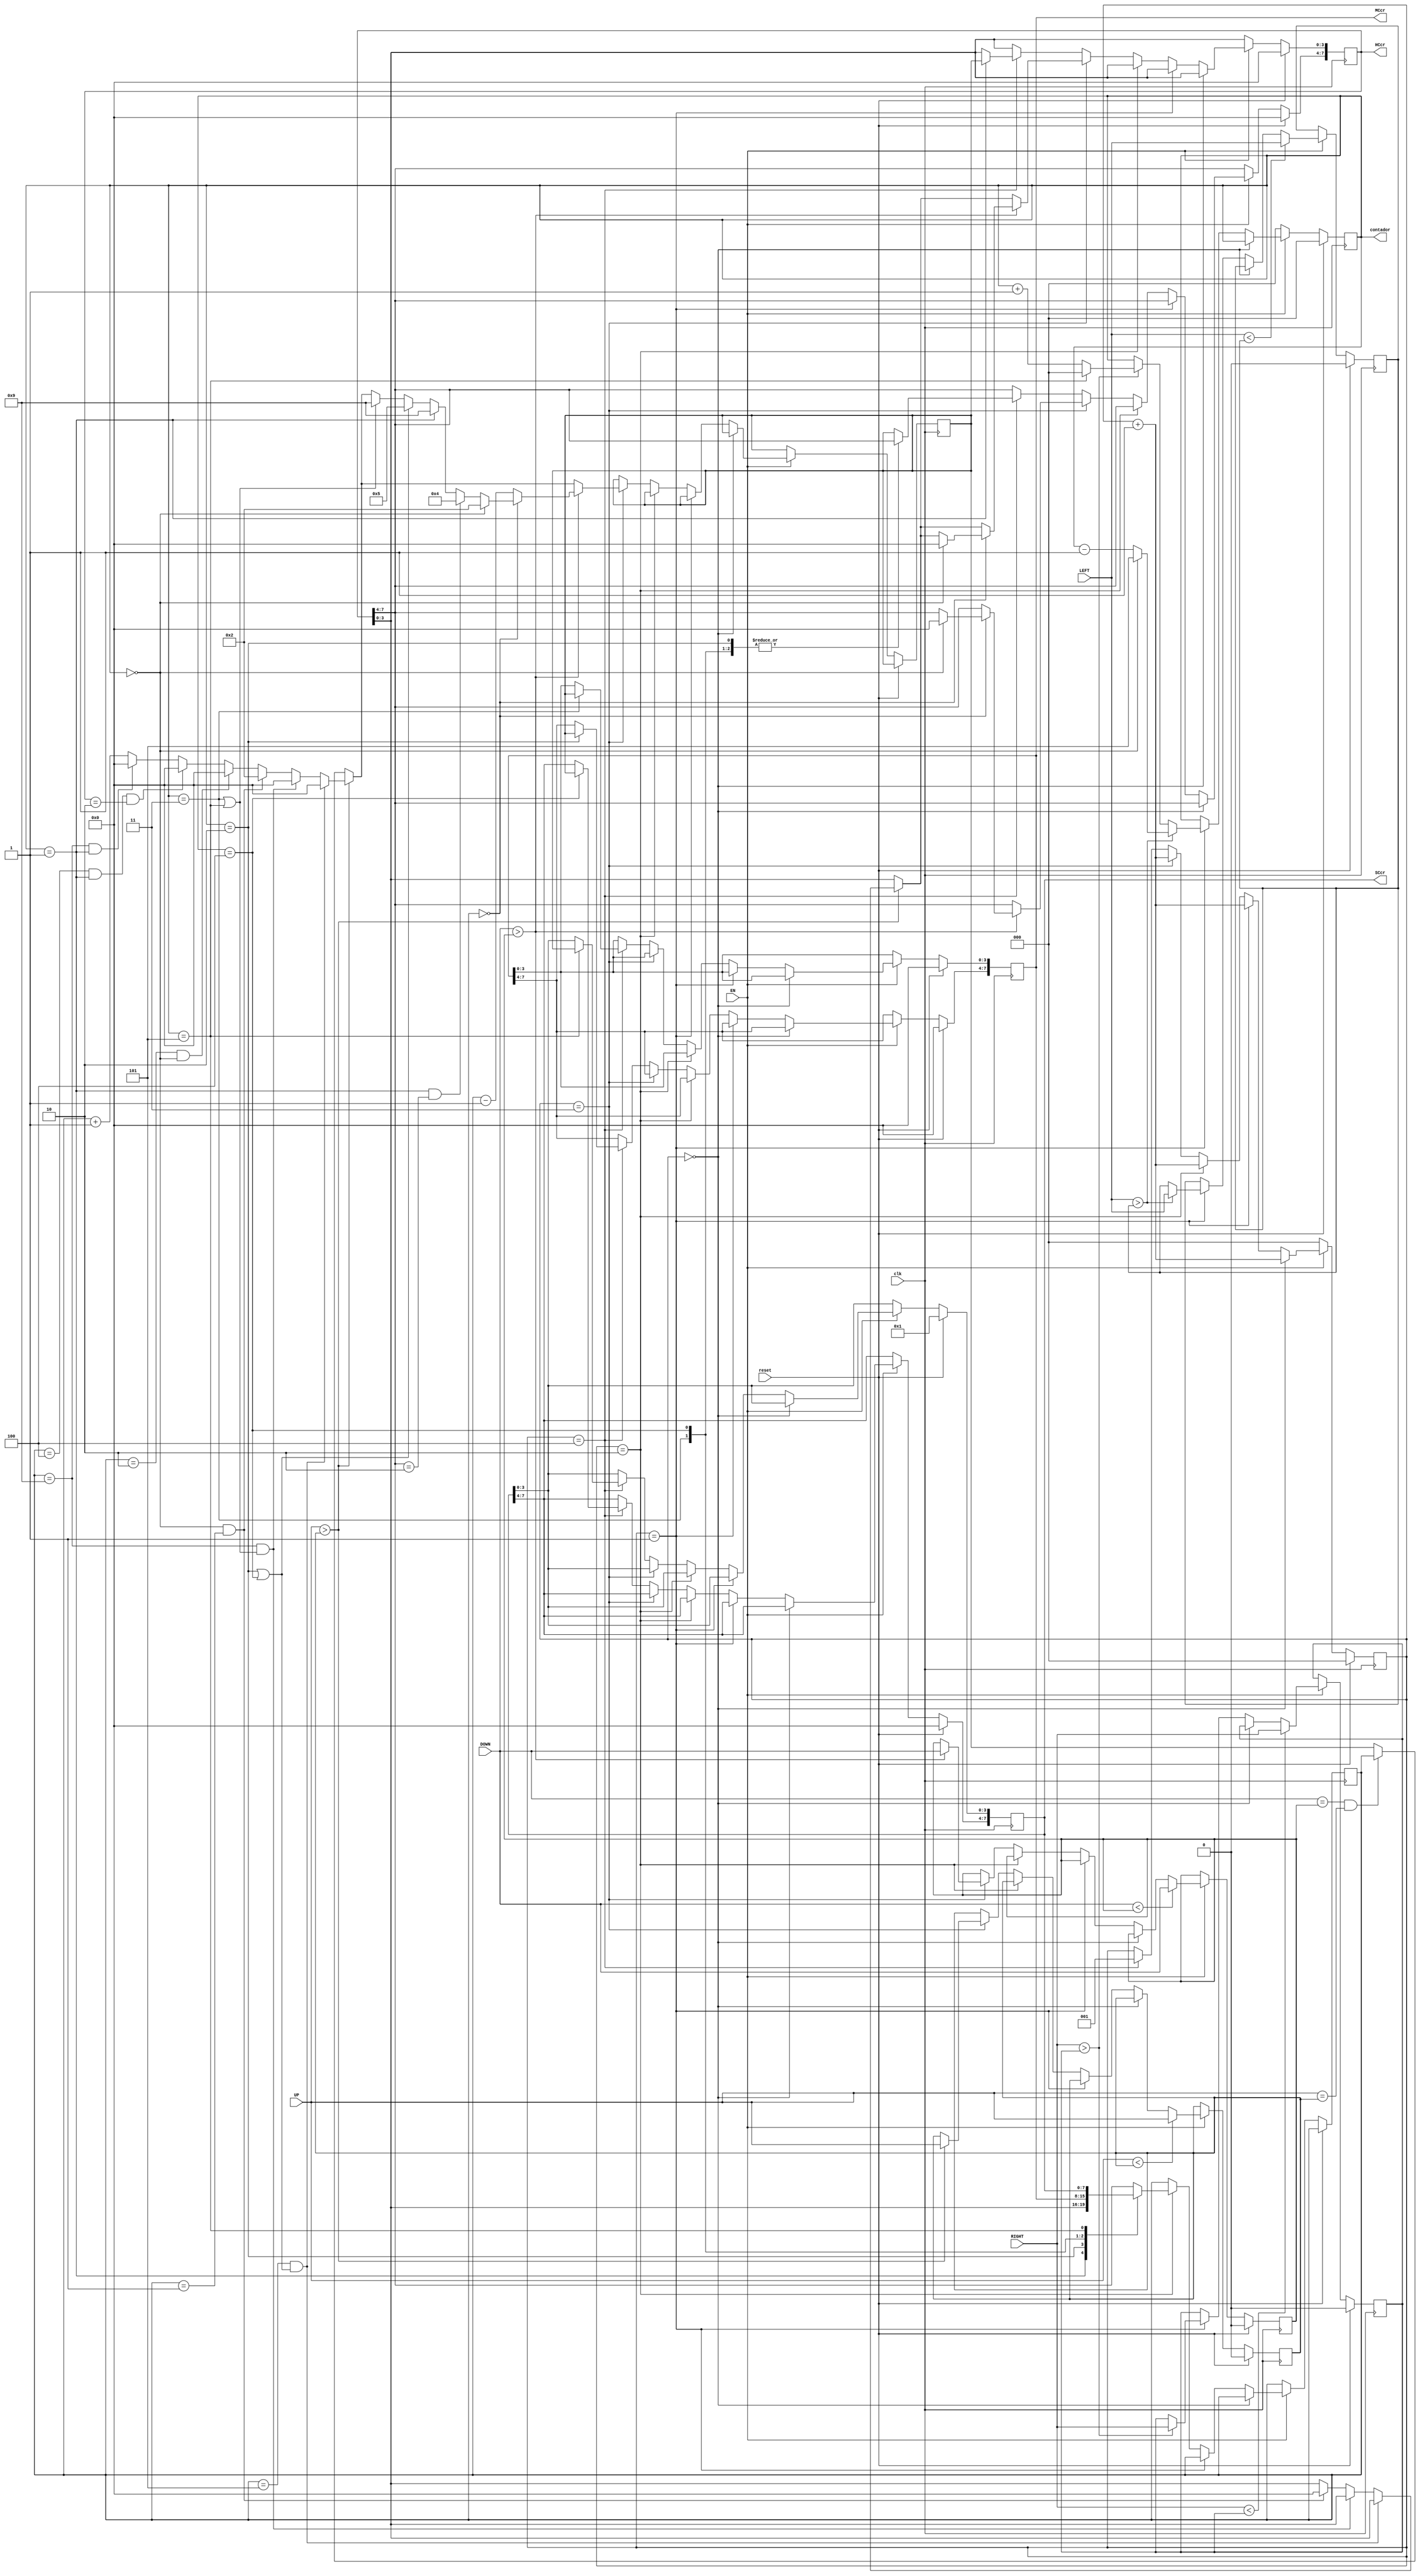
`timescale 1ns / 1ps
//////////////////////////////////////////////////////////////////////////////////
// Company: 
// Engineer: 
// 
// Design Name: 
// Module Name:    EscrituraCrono 
// Project Name: 
// Target Devices: 
// Tool versions: 
// Description: 
//
// Dependencies: 
//
// Revision: 
// Revision 0.01 - File Created
// Additional Comments: 
//
//////////////////////////////////////////////////////////////////////////////////
module EscrituraCrono(
	 input EN,
    input UP,
    input DOWN,
    input LEFT,
    input RIGHT,
	 input clk,
	 input reset,
    output reg [7:0] HCcr,
    output reg [7:0] MCcr,
    output reg [7:0] SCcr,
	 output reg [2:0]contador
    );
	 
	 reg [2:0]cont2;
	 reg U;
	 reg D;
	 reg L;
	 reg R;
	 reg [3:0] varin;
	 reg [3:0] varout;
	 
always @(posedge clk)
begin
	if (reset)
	begin
		contador<=0;
		cont2<=0;
		U<=0;
		D<=0;
	   L<=0;
		R<=0;
		
		HCcr<=0;
		MCcr<=0;
		SCcr<=8'h01;
		
		
	end
	else if (EN)
	begin
	if (cont2==0)
	begin
		cont2<=cont2+1'b1;
	end
	else if (cont2==1)//paso 1
		begin
		if (RIGHT>R)
		begin
			if (contador==5)
			contador<=0;
			else contador<=contador+1'b1;
			R<=RIGHT;
		end
		else if (RIGHT<R)
			R<=RIGHT;
		
		if (LEFT>L)
		begin
			if (contador==0)
			contador<=5;
			else contador<=contador-1'b1;
			L<=LEFT;
		end
		
		cont2<=cont2+1'b1;
		end
		
// Determina el cambio en las decenas y unidades de hora, minuto y segundo del cronmetro	
		else if (cont2==2)
			begin
			case (contador)
			3'b000: varin<=HCcr[7:4];
			3'b001: varin<=HCcr[3:0];
			3'b010: varin<=MCcr[7:4];
			3'b011: varin<=MCcr[3:0];
			3'b100: varin<=SCcr[7:4];
			3'b101: varin<=SCcr[3:0];
			default varin<=HCcr[7:4];
			endcase
			
			cont2<=cont2+1'b1;
			end
		
		else if (cont2==3)
		begin
		if (DOWN==D && UP==U)
		varout<=varin;

		if (UP>U)
		begin
		//
			if (varin==5&&(contador==2||contador==4))
				varout<=0;
			else if (varin==9&&(contador==3||contador==5))
				varout<=0;
			else if (contador==0&&varin==1)
				begin
				varout<=2;
				HCcr[3:0]<=0;
				end
			else if (varin==2 && contador==0)varout<=0;
			else if (varin==4 && contador==1 && HCcr==2)varout<=0;
			else if (varin==9 && contador==1)varout<=0;
			else varout<=varin+1'b1;
			U<=UP;
		end
		
		
		if (DOWN>D)
		begin
			if (varin==0)
			begin
				if (contador==0)
					begin
					varout<=2;
					HCcr<=0;
					end
				else if (contador==1&&HCcr[7:4]==2)varout<=4;
				else if (contador==1)varout<=9;
				else if (contador==2||contador==4)varout<=5;
				else if (contador==3||contador==5)varout<=9;
			end
			else varout<=varin-1'b1;
			D<=DOWN;
		end
		
		cont2<=cont2+1'b1;
		end
		
		else if (cont2==4)
		begin
		case (contador)
			3'b000: HCcr[7:4]<=varout;
			3'b001: HCcr[3:0]<=varout;
			3'b010: MCcr[7:4]<=varout;
			3'b011: MCcr[3:0]<=varout;
			3'b100: SCcr[7:4]<=varout;
			3'b101: SCcr[3:0]<=varout;
			default HCcr[7:4]<=varout;
		endcase
		cont2<=1;
		end
		if (LEFT<L)
			L<=LEFT;
		if (RIGHT<R)
			R<=RIGHT;
		if (UP<U)
			U<=UP;
		if (DOWN<D)
			D<=DOWN;
	end
	else 
	begin
	cont2<=0;
	contador<=0;
	end
end
endmodule